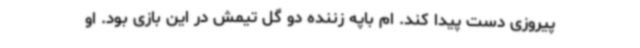
پیروزی دست پیدا کند. ام باپه زننده دو گل تیمش در این بازی بود. او